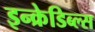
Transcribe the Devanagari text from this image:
इन्क्रेडिब्ल्स